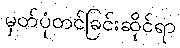
မှတ်ပုံတင်ခြင်းဆိုင်ရာ